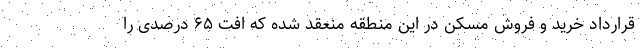
قرارداد خرید و فروش مسکن در این منطقه منعقد شده که افت ۶۵ درصدی را